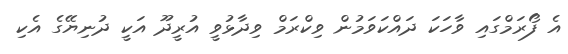
އެ ފޯރަމްގައި ވާހަކަ ދައްކަވަމުން ވިކްރަމް ވިދާޅުވީ އުރީދޫ އަކީ ދުނިޔޭގެ އެކި